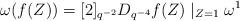
LaTeX: \begin{align*}\omega(f(Z)) = [2]_{q^{-2}} D_{q^{-4}}f(Z)\mid_{Z=1}\omega^1\end{align*}